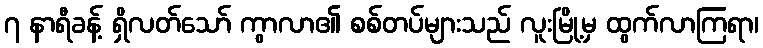
၇ နာရီခန့် ရှိလတ်သော် ကွာလာ၏ စစ်တပ်များသည် လူးမြို့မှ ထွက်လာကြရာ၊